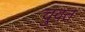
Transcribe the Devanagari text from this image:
चुवत